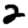
Digit: 2